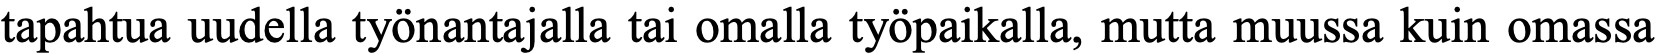
tapahtua uudella työnantajalla tai omalla työpaikalla, mutta muussa kuin omassa